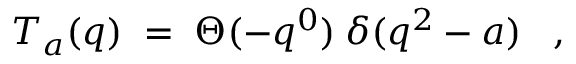
T _ { a } ( q ) \; = \; \Theta ( - q ^ { 0 } ) \: \delta ( q ^ { 2 } - a ) \; \; \; ,